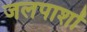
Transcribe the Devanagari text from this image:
जलपाशों